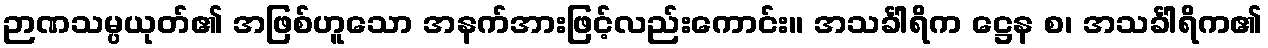
ဉာဏသမ္ပယုတ်၏ အဖြစ်ဟူသော အနက်အားဖြင့်လည်းကောင်း။ အသင်္ခါရိက ဋ္ဌေန စ၊ အသင်္ခါရိက၏